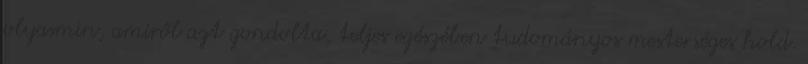
olyasmin, amiről azt gondolta, teljes egészében tudományos mesterséges hold.